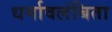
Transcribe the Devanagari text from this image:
धर्मावलंबिता